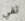
تفي